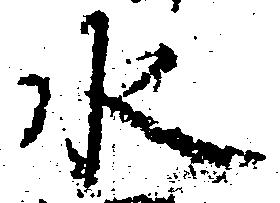
水